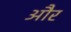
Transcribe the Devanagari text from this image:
और